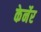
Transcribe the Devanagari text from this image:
केर्नेर